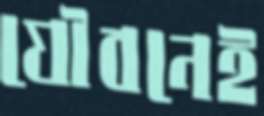
যৌবনেই